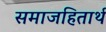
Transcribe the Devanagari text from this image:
समाजहितार्थ